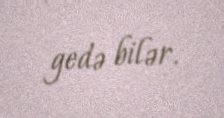
gedə bilər.